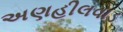
અણહીલવાડ